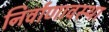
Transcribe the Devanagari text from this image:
निर्वाणावस्था